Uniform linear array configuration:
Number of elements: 8
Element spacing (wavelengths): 0.75
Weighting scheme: hann
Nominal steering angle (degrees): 15
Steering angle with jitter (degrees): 16.844
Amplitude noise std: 0.05
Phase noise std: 0.05

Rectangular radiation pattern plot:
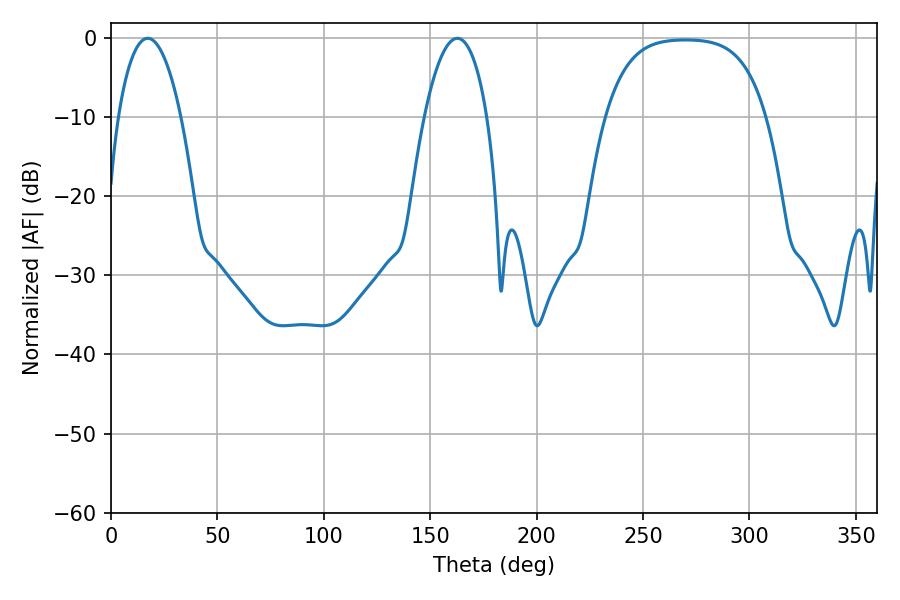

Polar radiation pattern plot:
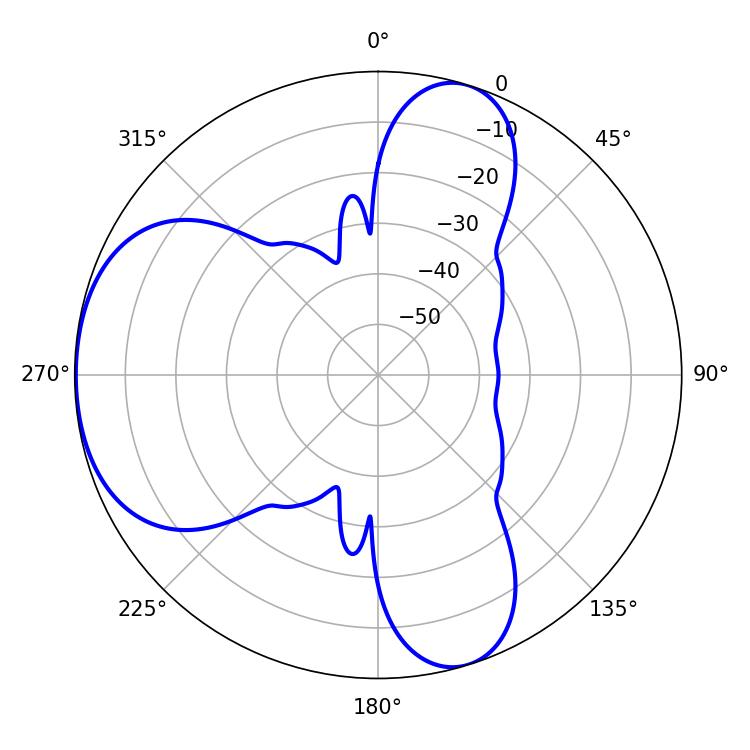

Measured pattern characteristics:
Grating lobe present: TRUE
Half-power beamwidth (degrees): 16.38
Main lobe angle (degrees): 17.28